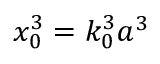
x _ { 0 } ^ { 3 } = k _ { 0 } ^ { 3 } a ^ { 3 }